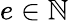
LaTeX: e\in\mathbb{N}